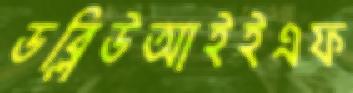
ডব্লিউআইইএফ